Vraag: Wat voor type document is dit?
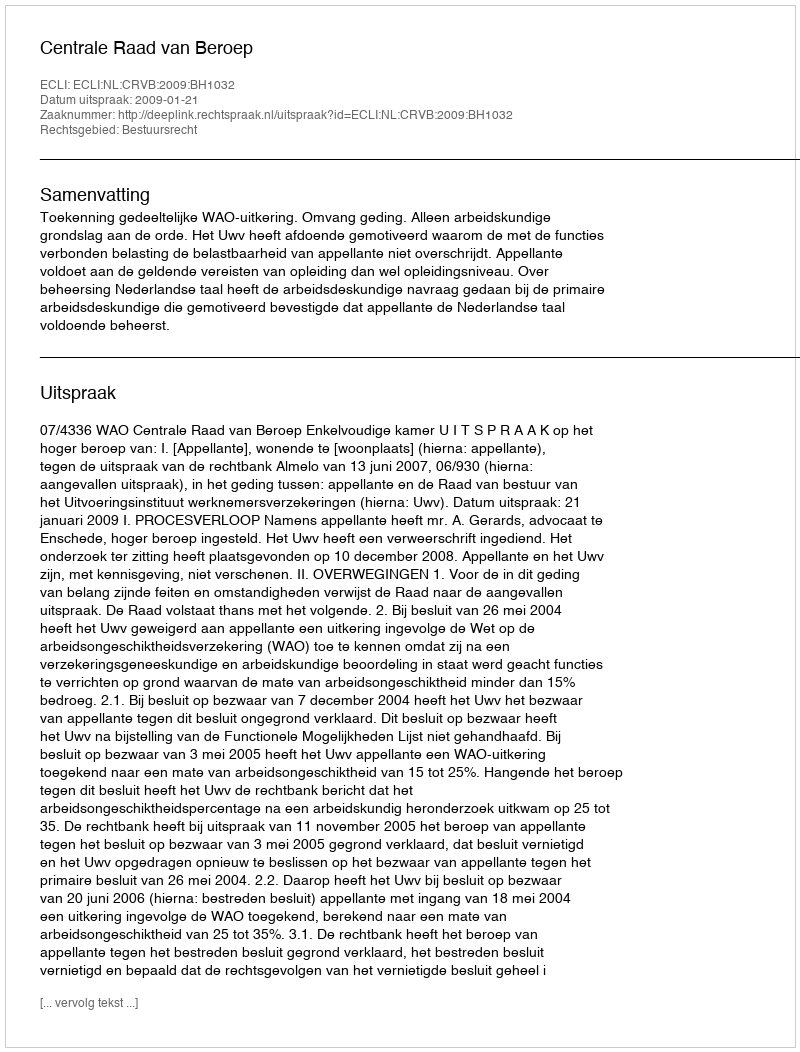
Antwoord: Uitspraak